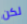
لكن